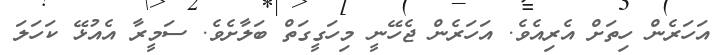
އަހަރެން ހިތަށް އެރިއެވެ. އަހަރެން ޖެހޭނީ މިހަގީގަތް ބަލާށެވެ. ސަމީރާ އެއުޅޭ ކަހަލަ